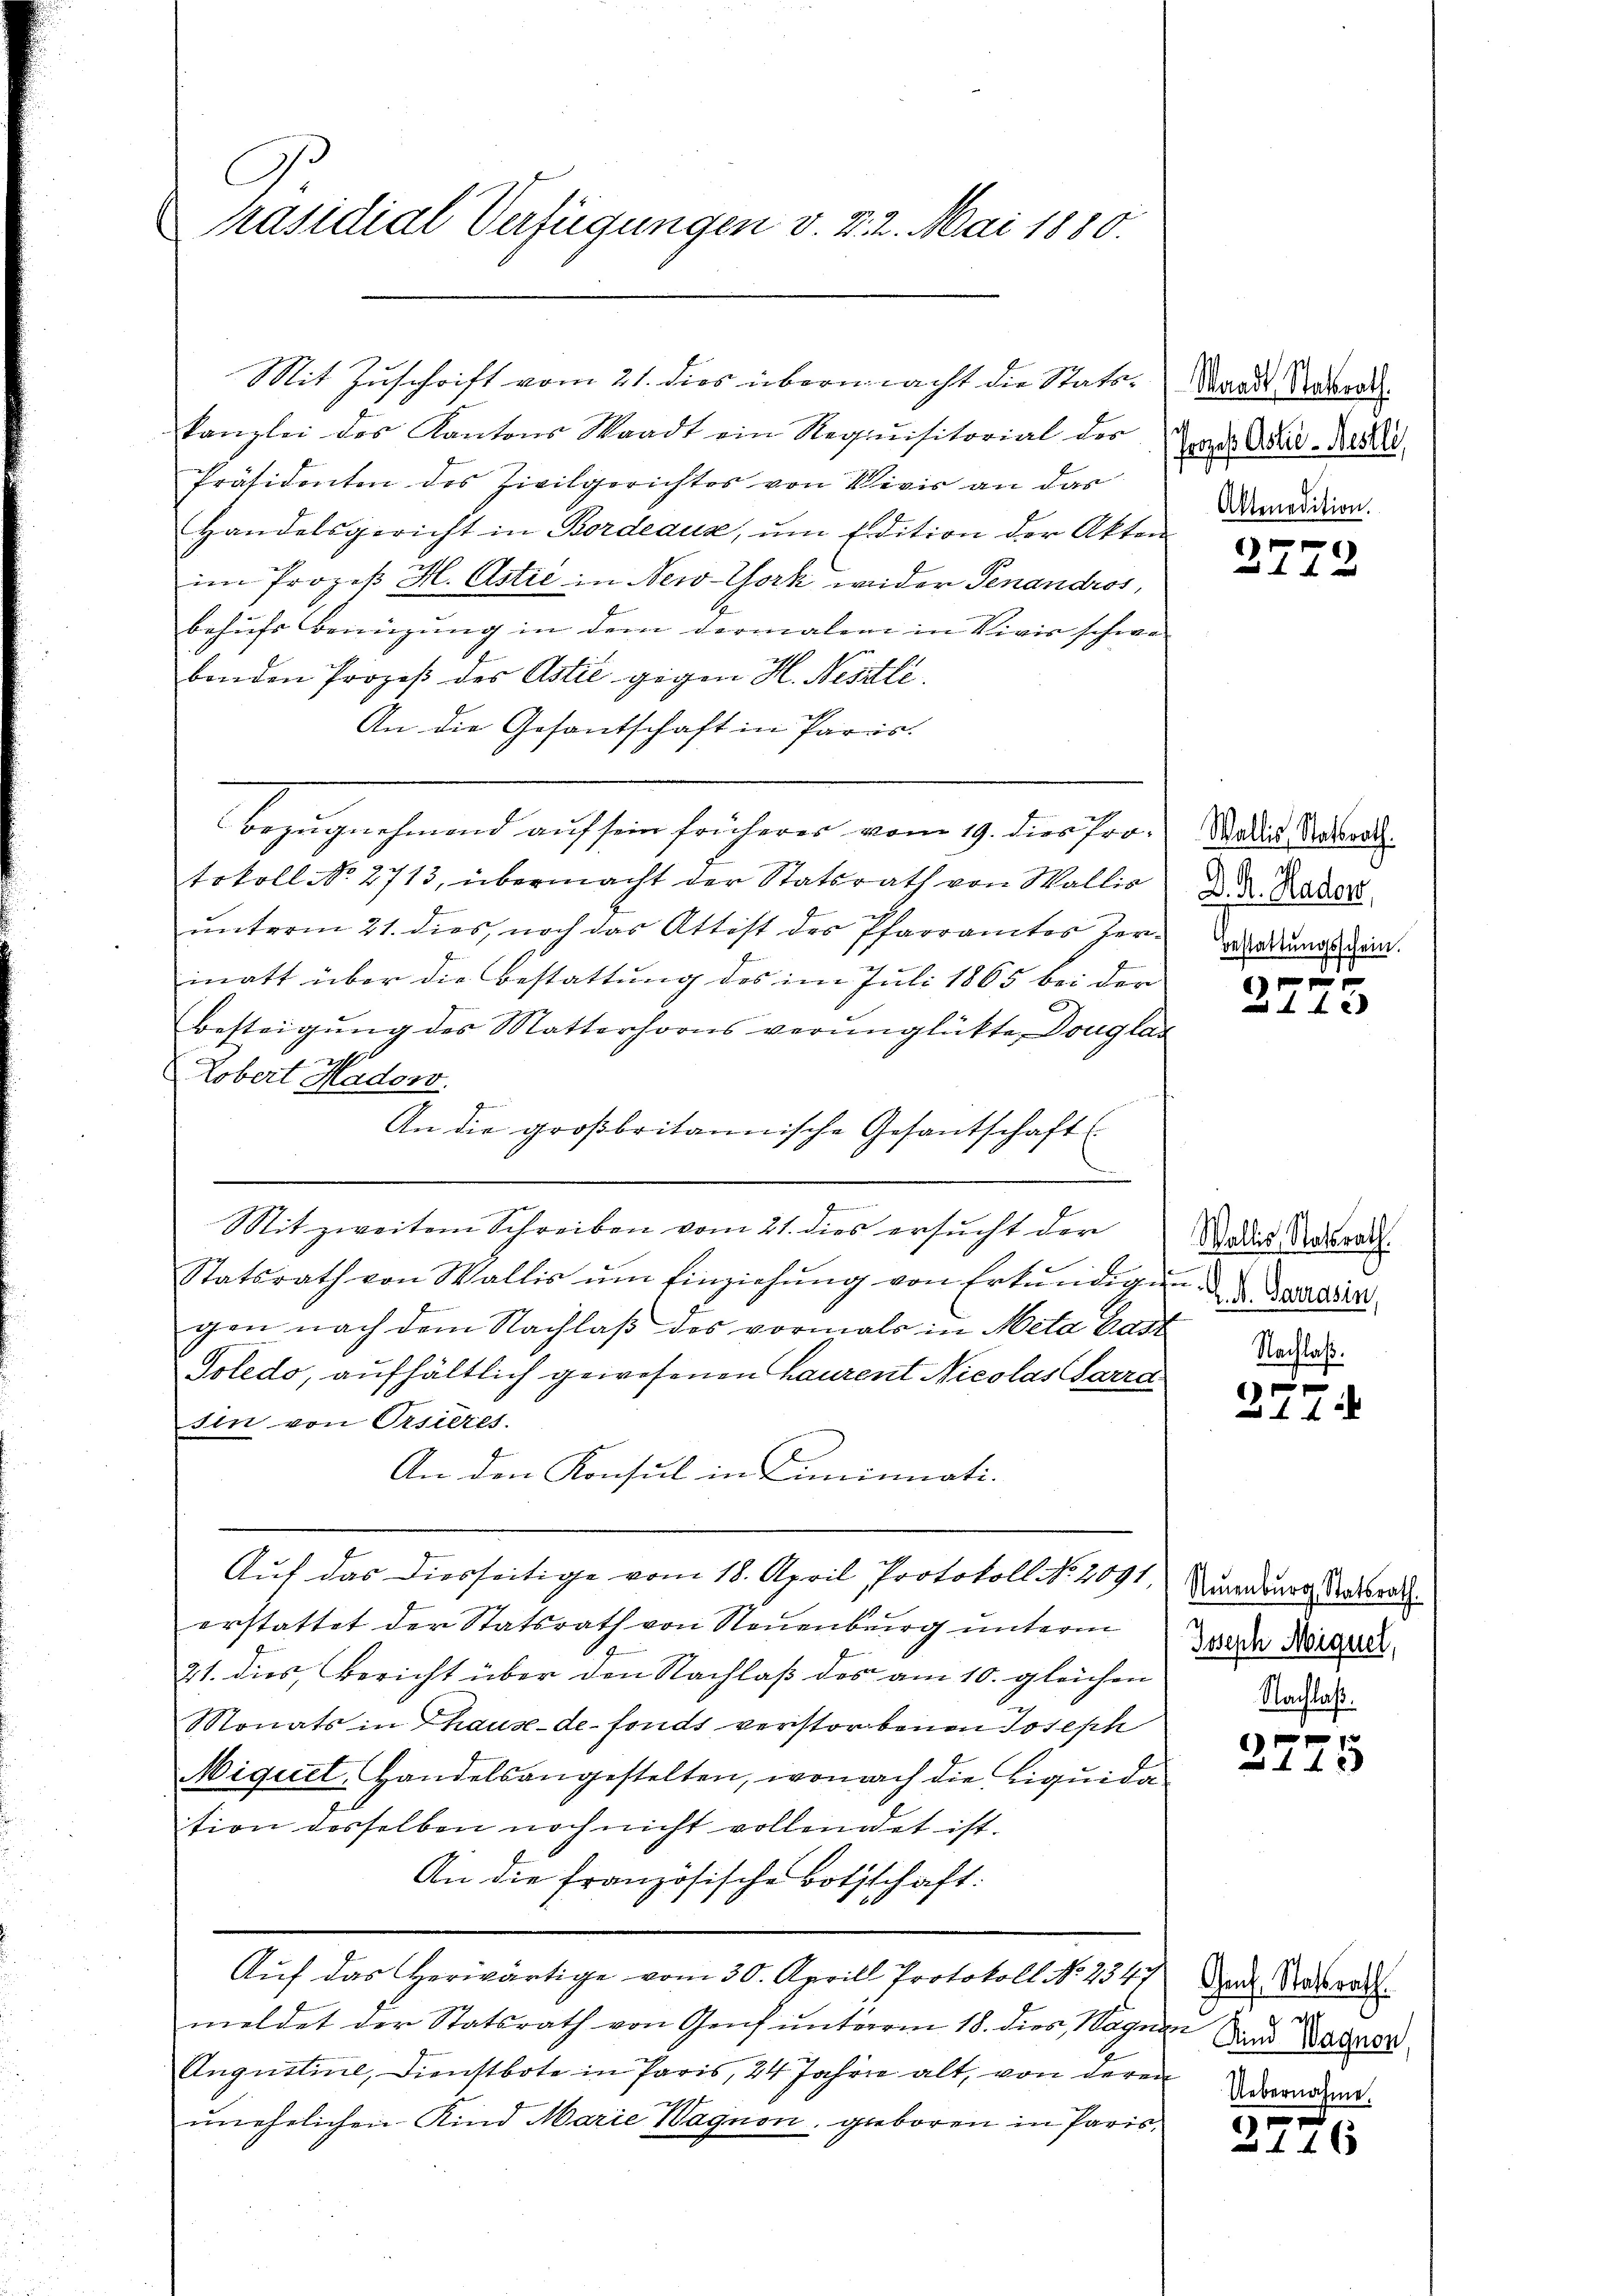
C
Präsidial Verfügungen v. 2. 2. Mai 1880.
s

kanzlei des Kantons Waadt ein Requisitorial der
Präsidenten des Zivilgerichtes von Vivis an das
Handelsgericht in Bordeaux, ŭm Edition der Akten
im Prozeß H. Astić in New-York wieder Genandros,
behufs Benüzung in dem dermalen in Vivis schwe
benden Prozeß der Astil gegen H. Nestli
An die Gesantschaft in Paris.
Bezugnehmend auf sein früheres vom 19. dies Protokoll No 2713, übermacht der Statsrath von Wallis
unterm 21. dies, noch das Attist des Pfarramtes Zermatt über die Bestattung des im Juli 1865 bei der
Besteigung des Matterhorns verunglükte Douglas
i
Lobert Madow.
An die großbritannische Gesantschaft
e
2
.
Mit zweitem Schreiben vom 21. dies ersucht der
Statsrath von Wallis ŭm Einziehŭng von Erkŭndigung Bedin
gen nach dem Nachlaß des vormals in Meta Past
Toledo, aufhältlich gewesenen haurent Nicolas Sarra
sin von Orsieres.
An den Konsul in Liminati-
Auf das Diesseitige vom 18. April Protokoll No 2091
erstattet der Statsrath von Neuenburg unterm
21. dies, Bericht über den Nachlaß des am 10. gleichen
Monats in Thause-de-Fonds verstorbenen Joseph
Miquet, Handelsangestelten, wonach die Liquida
tion desselben noch nicht vollendet ist.
An die französische Bothschaft.
Auf das Herwärtige vom 30. Aprill Protokoll No 2347
meldet der Statsrath von Genf unterm 18. dies, Wagnen Sind Bader
Augustine, Dienstbote in Paris, 24 Jahre alt, von deren
unehelichen Kind Marie Wagnen, geboren in Paris

Mit Zuschrift vom 21. dies übermacht die Stats¬

Waadt Stadrath.
Prozess Astiv-Nestli,
Aktenedition.

2772

Wallis, Statsrath.
D. R. Hader,
Bestattungsschein.

x
xx

Wallis Statsrath.
Nachlaß.

xx
 4 f 0 x

Steuenburg, Statsrath.
Joseph Neiguel,
Nachlaß.

)
4 4 x

Genf, Statsrath.
Uebernahme.

3776